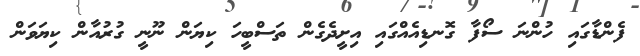
ފެންޑާގައި ހުންނަ ސޯފާ ގޮނޑިއެއްގައި އިށީދެގެން ތަސްބީހަ ކިޔަން ނޫނީ ގުރުއާން ކިޔަވަން